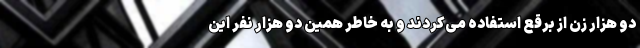
دو هزار زن از برقع استفاده می‌کردند و به خاطر همین دو هزار نفر این